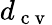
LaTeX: d_{\mathrm{~c~v~}}